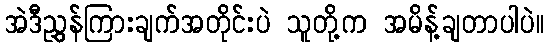
အဲဒီညွှွှန်ကြားချက်အတိုင်းပဲ သူတို့က အမိန့်ချတာပါပဲ။